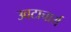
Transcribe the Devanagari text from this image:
उवटाचार्य